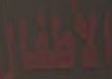
الأطفال